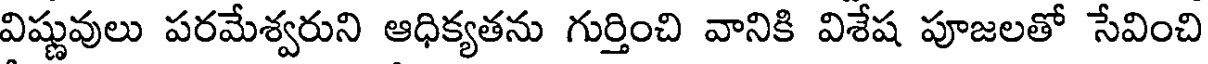
విష్ణువులు పరమేశ్వరుని ఆధిక్యతను గుర్తించి వానికి విశేష పూజలతో సేవించి